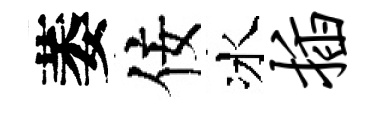
萎佞冰插